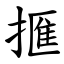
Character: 㨤